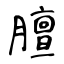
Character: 膻